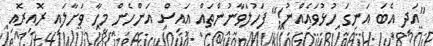
"އަދި އެބަ އަނގަ ހުޅުވައެއްނު!" ފަހުލަވާނުންތައް އައިސް އަންހެން މީހާ ވަށާލައި ރޮއިރޮއި